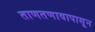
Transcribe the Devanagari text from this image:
ताणतणावापासून